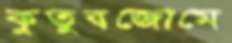
কুতুবজোমে